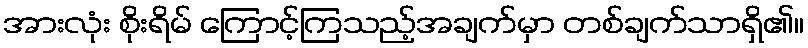
အားလုံး စိုးရိမ် ကြောင့်ကြသည့်အချက်မှာ တစ်ချက်သာရှိ၏။